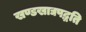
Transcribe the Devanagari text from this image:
खण्डखाद्यपद्धति